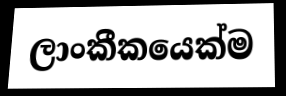
ලාංකීකයෙක්ම